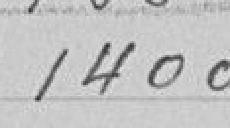
1400